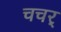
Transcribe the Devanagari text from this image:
चचर्